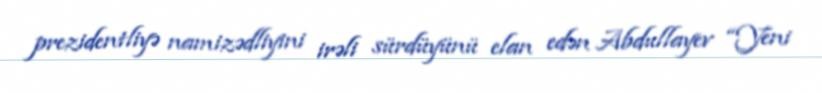
prezidentliyə namizədliyini irəli sürdüyünü elan edən Abdullayev “Yeni